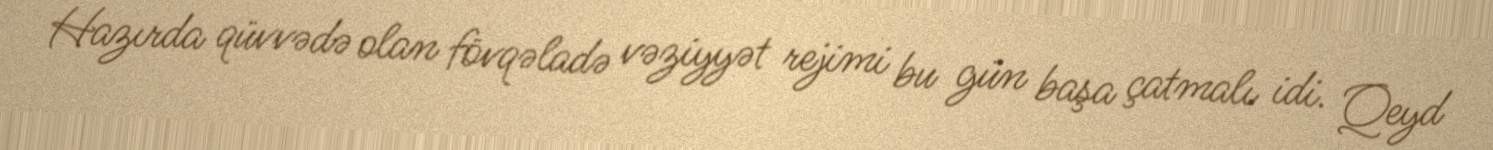
Hazırda qüvvədə olan fövqəladə vəziyyət rejimi bu gün başa çatmalı idi. Qeyd